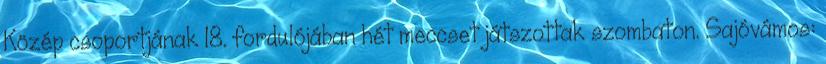
Közép csoportjának 18. fordulójában hét meccset játszottak szombaton. Sajóvámos: